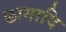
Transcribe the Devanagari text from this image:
छागादि